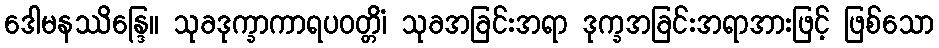
ဒေါမနဿိန္ဒြေ။ သုခဒုက္ခာကာရပဝတ္တိံ၊ သုခအခြင်းအရာ ဒုက္ခအခြင်းအရာအားဖြင့် ဖြစ်သော